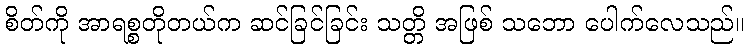
စိတ်ကို အာရစ္စတိုတယ်က ဆင်ခြင်ခြင်း သတ္တိ အဖြစ် သဘော ပေါက်လေသည်။